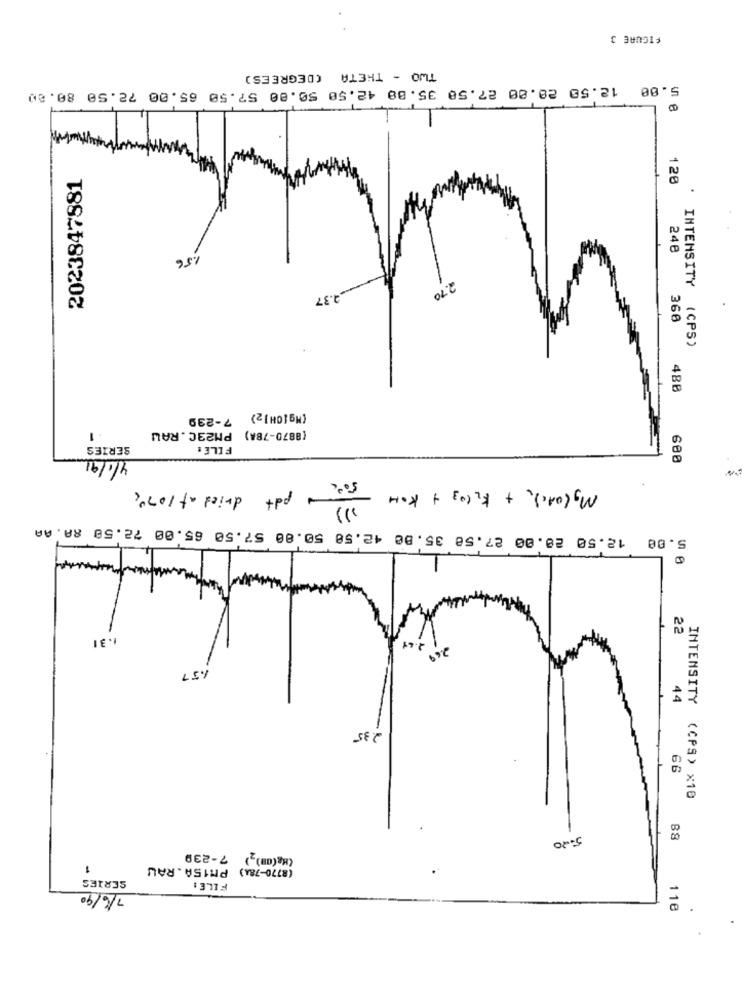
FIGURE 3
TWO - THETA (DEGREES)
5.00 12.50 20.00 27.58 35.08 42.50 50.00 57.50 65.00 72.50 80.00
2023847881
120
1.56
248
4.37
2.70
m
360
INTENSITY (CPS)
4BB
(MgICH]2) 7-239
1
(8870-78A) PM23C.RAW
SERIES
FILE :
4/1/91
600
soo pdt dried at 1070
Mycoach + kilos + KOH -
5.00 12.50 20.00 27.58 35.00 42.50 50.00 57.50 65.00 72.50 8A. AA
1.31
2.68
22
2.69
1.57
44
2.35
66
INTENSITY (CPS) X10
5-20
88
(Hg(am),) 7-239
1
(8770-784) PM15A.RAU
SERIES
FILE:
7/6/90
118